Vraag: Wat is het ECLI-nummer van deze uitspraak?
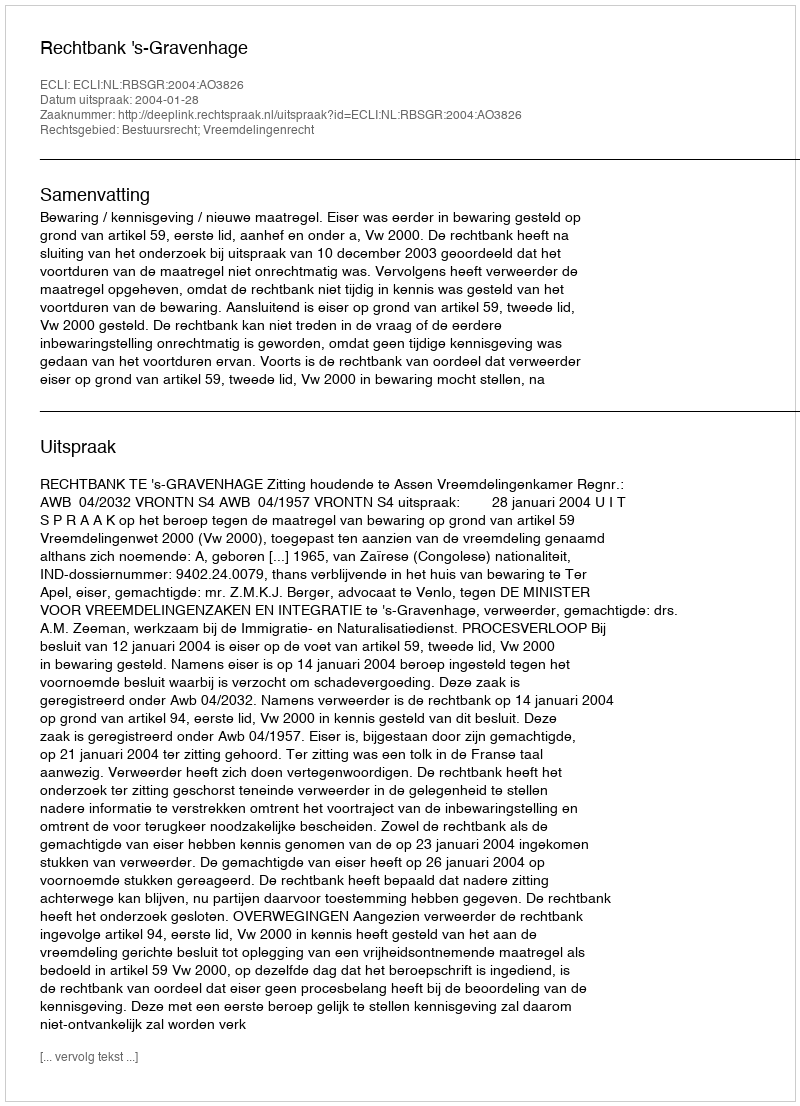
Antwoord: ECLI:NL:RBSGR:2004:AO3826